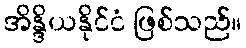
အိန္ဒိယနိုင်ငံ ဖြစ်သည်။